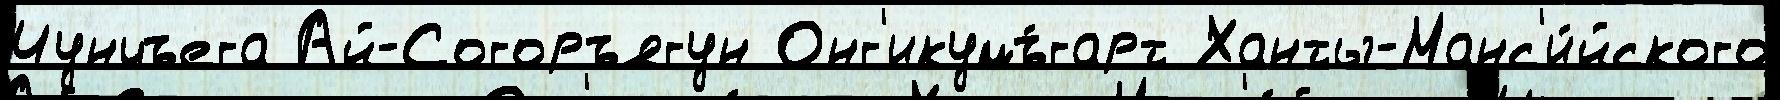
Чунчъега Ай-Согоръягун Онг'икумъ́гарт Ханты-Манс'и́йского